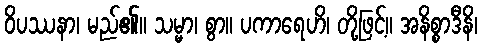
ဝိပဿနာ၊ မည်၏။ သမ္မာ၊ စွာ။ ပကာရေဟိ၊ တို့ဖြင့်။ အနိစ္စာဒီနိ၊